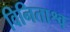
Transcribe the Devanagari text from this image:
विनिताश्व